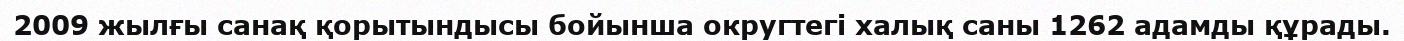
2009 жылғы санақ қорытындысы бойынша округтегі халық саны 1262 адамды құрады.